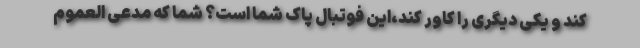
کند و یکی دیگری را کاور کند،این فوتبال پاک شما است؟ شما که مدعی العموم